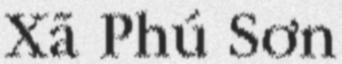
Xã Phú Sơn